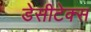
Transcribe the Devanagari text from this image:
डेसीटेक्स